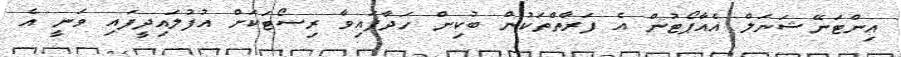
އިންޓަނޭޝަނަލް އެއާޕޯޓުން އެ ފަރާތްތަކުން ބުކިން ހަދާފައިވާ ރިސޯޓަކަށް އުފުލައިދީފައި ވަނީ އެ